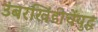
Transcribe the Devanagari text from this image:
उंबरखिंडीचेंयुद्ध